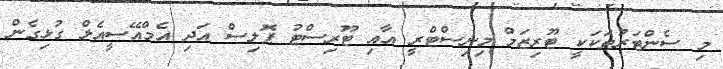
މި ސެންޓަރުތަކަކީ ޓޫރިޒަމް މިނިސްޓްރީ އާއި ޓޫރިސްޓު ޕޮލިސް އަދި އެމްއޭސީއެލް ގުޅިގެން